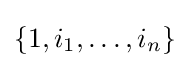
\{1,i_{1},\dots ,i_{n}\}